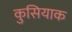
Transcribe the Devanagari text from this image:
कुसियाक